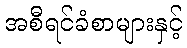
အစီရင်ခံစာများနှင့်